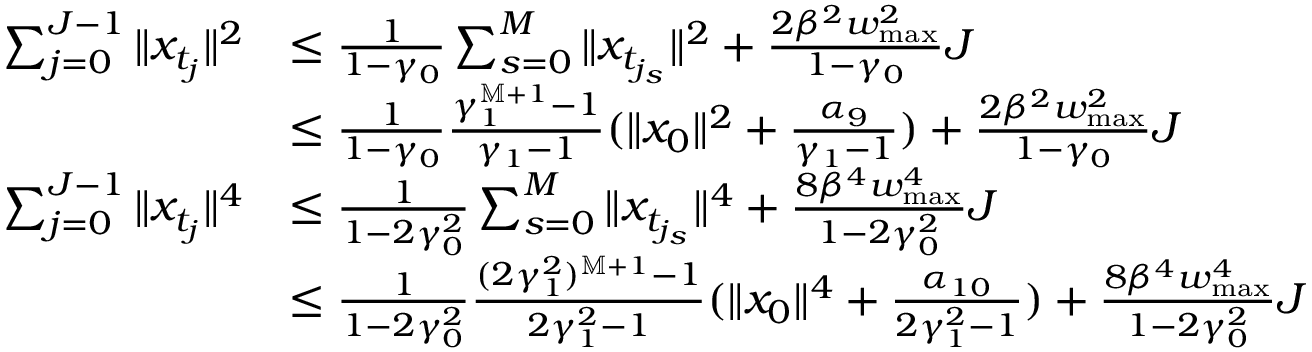
\begin{array} { r l } { \sum _ { j = 0 } ^ { J - 1 } \| x _ { t _ { j } } \| ^ { 2 } } & { \leq \frac { 1 } { 1 - \gamma _ { 0 } } \sum _ { s = 0 } ^ { M } \| x _ { t _ { j _ { s } } } \| ^ { 2 } + \frac { 2 \beta ^ { 2 } w _ { \operatorname* { m a x } } ^ { 2 } } { 1 - \gamma _ { 0 } } J } \\ & { \leq \frac { 1 } { 1 - \gamma _ { 0 } } \frac { \gamma _ { 1 } ^ { \mathbb M + 1 } - 1 } { \gamma _ { 1 } - 1 } ( \| x _ { 0 } \| ^ { 2 } + \frac { \alpha _ { 9 } } { \gamma _ { 1 } - 1 } ) + \frac { 2 \beta ^ { 2 } w _ { \operatorname* { m a x } } ^ { 2 } } { 1 - \gamma _ { 0 } } J } \\ { \sum _ { j = 0 } ^ { J - 1 } \| x _ { t _ { j } } \| ^ { 4 } } & { \leq \frac { 1 } { 1 - 2 \gamma _ { 0 } ^ { 2 } } \sum _ { s = 0 } ^ { M } \| x _ { t _ { j _ { s } } } \| ^ { 4 } + \frac { 8 \beta ^ { 4 } w _ { \operatorname* { m a x } } ^ { 4 } } { 1 - 2 \gamma _ { 0 } ^ { 2 } } J } \\ & { \leq \frac { 1 } { 1 - 2 \gamma _ { 0 } ^ { 2 } } \frac { ( 2 \gamma _ { 1 } ^ { 2 } ) ^ { \mathbb M + 1 } - 1 } { 2 \gamma _ { 1 } ^ { 2 } - 1 } ( \| x _ { 0 } \| ^ { 4 } + \frac { \alpha _ { 1 0 } } { 2 \gamma _ { 1 } ^ { 2 } - 1 } ) + \frac { 8 \beta ^ { 4 } w _ { \operatorname* { m a x } } ^ { 4 } } { 1 - 2 \gamma _ { 0 } ^ { 2 } } J } \end{array}